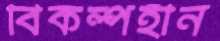
বিকল্পহীন